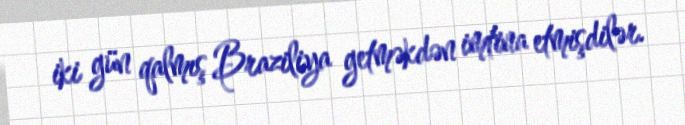
iki gün qalmış Braziliya getməkdən imtina etmişdilər.